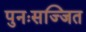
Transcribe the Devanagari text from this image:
पुनःसज्जित